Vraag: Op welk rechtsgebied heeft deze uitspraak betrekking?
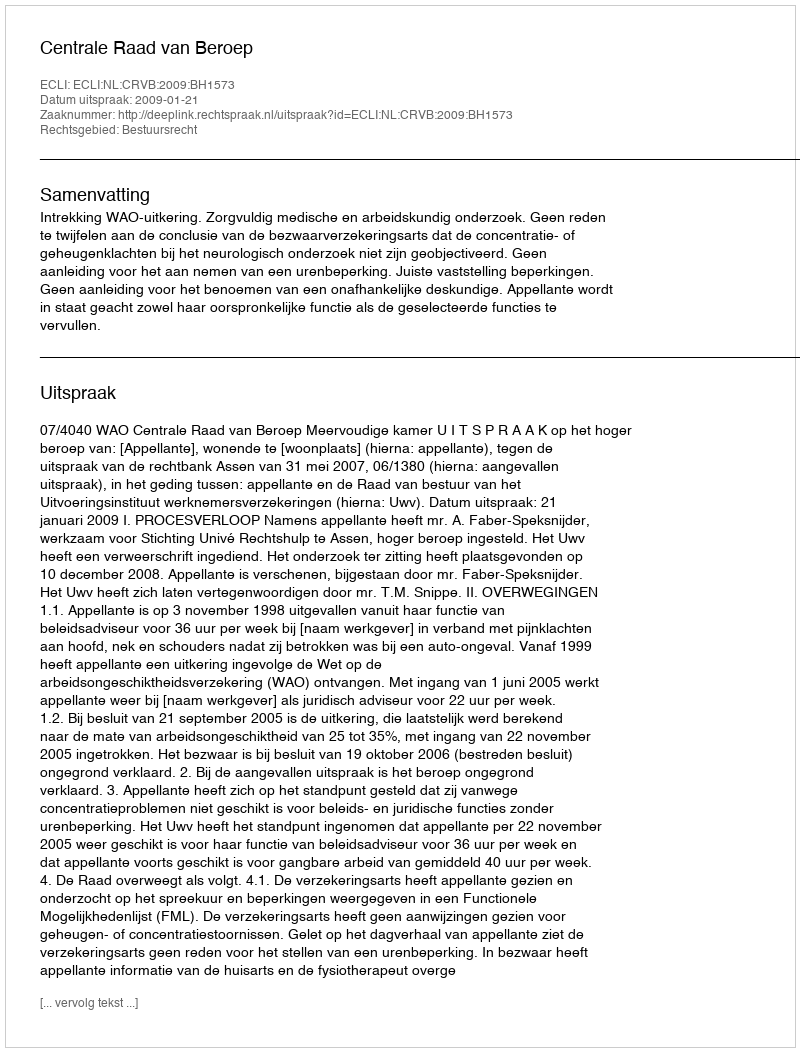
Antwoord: Bestuursrecht